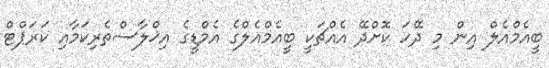
ބީއެމްއެލް އިން މި ދޭހަ ކޮށްދޭ އެއްޗަކީ ބީއެމްއެލްގެ އެމްޑީގެ އިޚްލާސްތެރިކަމާއި ކަރަޕްޓް